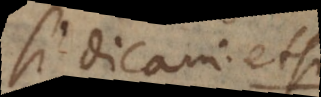
si dicam: etsi